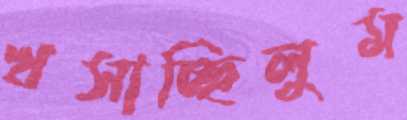
খসাচ্ছিলুম